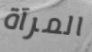
المرآة